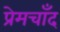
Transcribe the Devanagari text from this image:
प्रेमचाँद